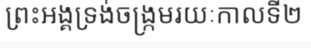
ព្រះអង្គទ្រង់ចង្ក្រមរយៈកាលទី២